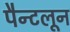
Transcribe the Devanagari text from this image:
पैन्टलून